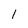
Character: I